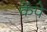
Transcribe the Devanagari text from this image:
केंपे